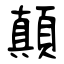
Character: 顛